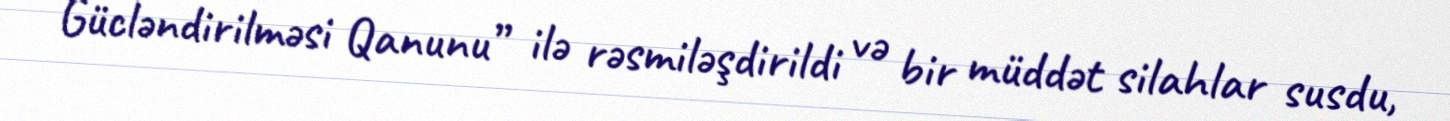
Gücləndirilməsi Qanunu” ilə rəsmiləşdirildi və bir müddət silahlar susdu,